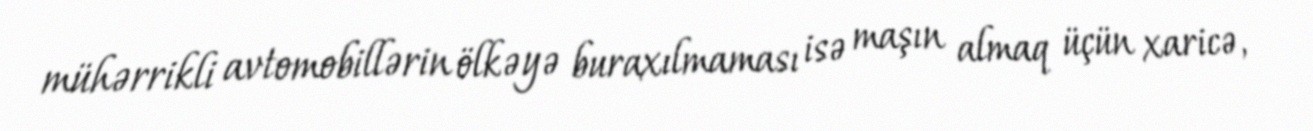
mühərrikli avtomobillərin ölkəyə buraxılmaması isə maşın almaq üçün xaricə,